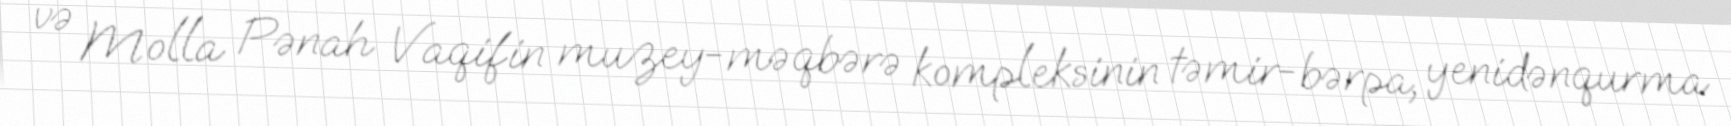
və Molla Pənah Vaqifin muzey-məqbərə kompleksinin təmir-bərpa, yenidənqurma